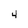
Character: 4